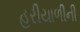
હરીયાળીની